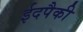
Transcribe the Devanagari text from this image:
ईदपैकी